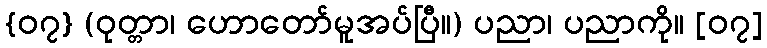
{၀၇} (ဝုတ္တာ၊ ဟောတော်မူအပ်ပြီ။) ပညာ၊ ပညာကို။ [၀၇]